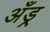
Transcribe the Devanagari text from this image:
अँड्र्